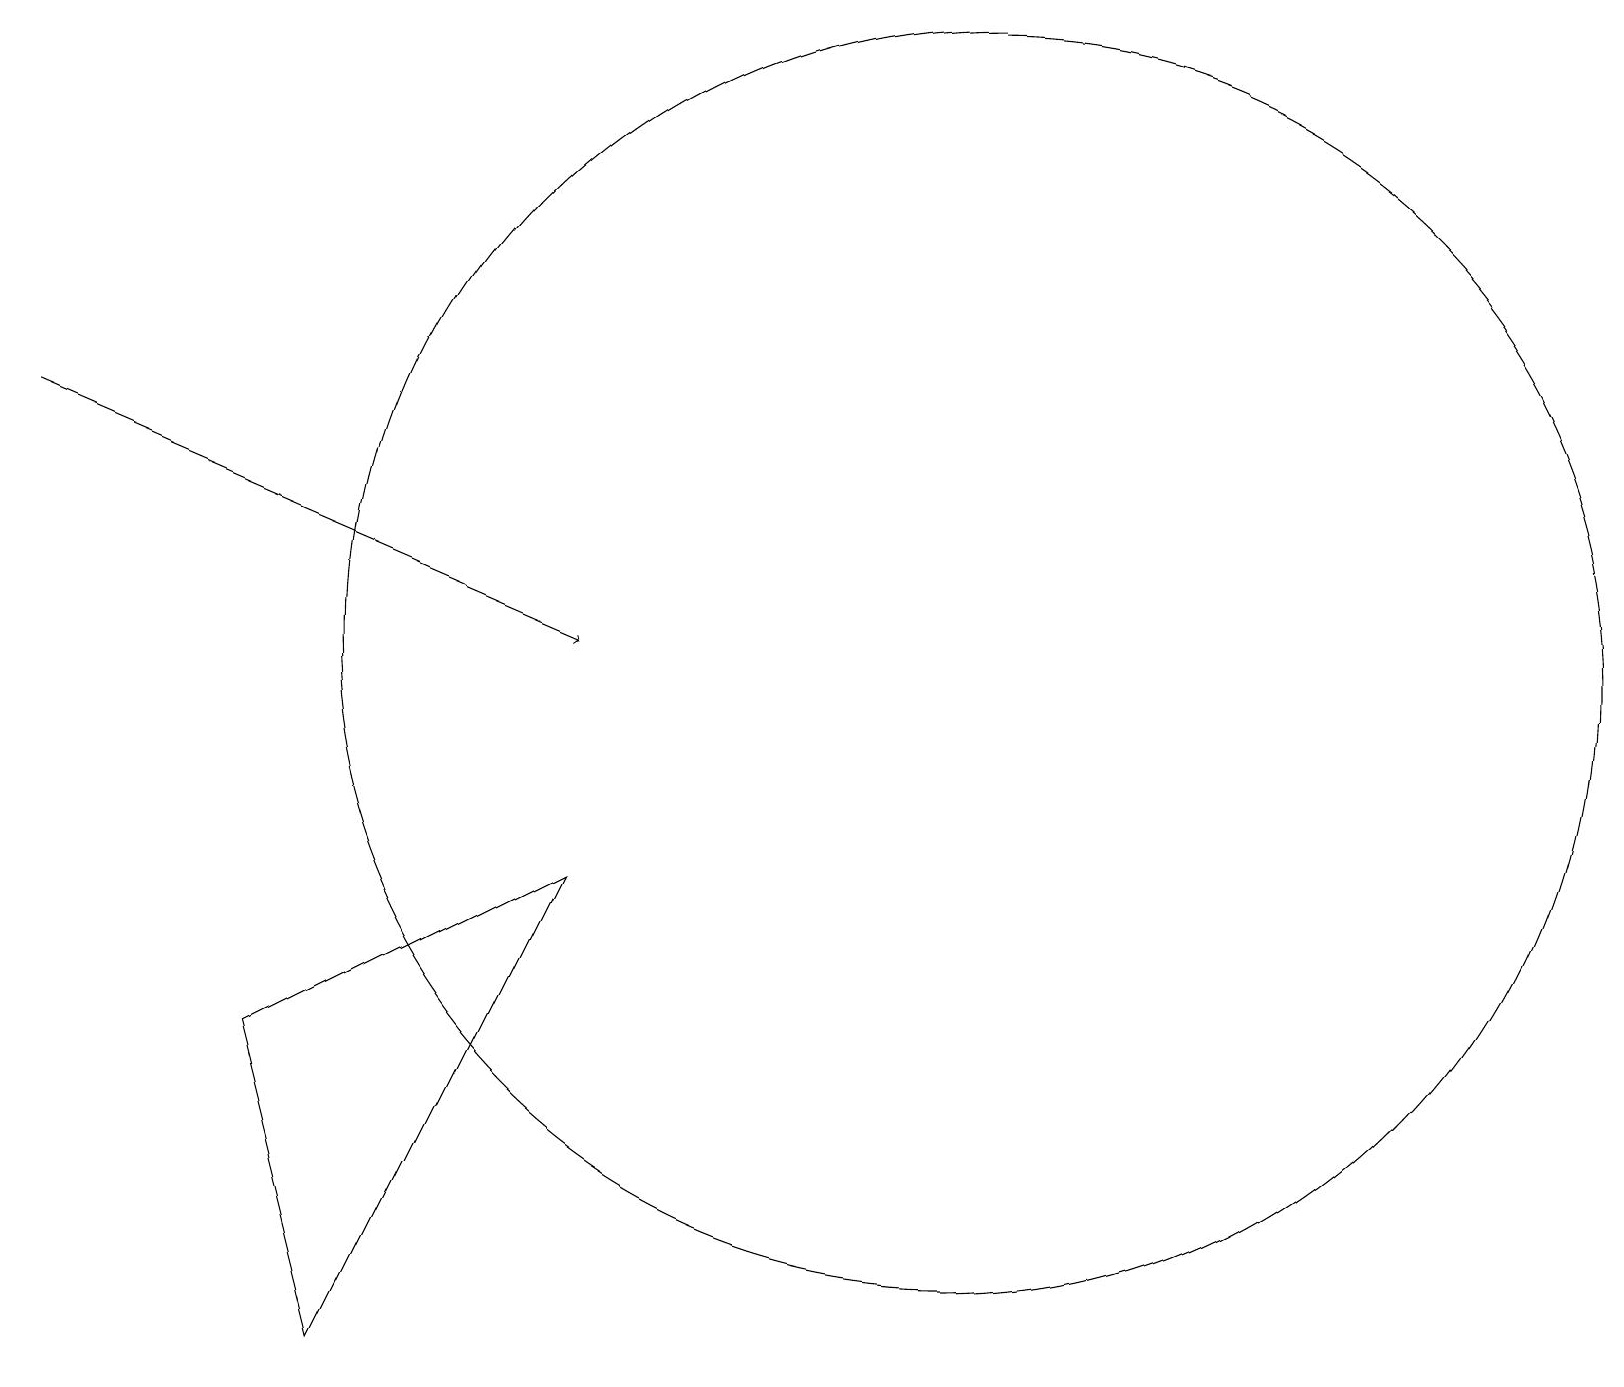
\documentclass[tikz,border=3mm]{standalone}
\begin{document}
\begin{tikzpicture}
\draw[->] (0,14) -- (7,11);
\draw (12,11) circle (8);
\draw (4,2) -- (3,6) -- (7,8) -- cycle;
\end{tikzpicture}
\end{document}